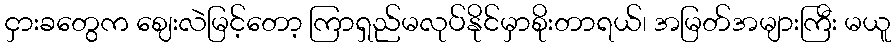
ငှားခတွေက ဈေးလဲမြင့်တော့ ကြာရှည်မလုပ်နိုင်မှာစိုးတာရယ်၊ အမြတ်အများကြီး မယူ